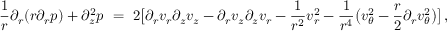
\frac 1 r \partial _ { r } ( r \partial _ { r } p ) + \partial _ { z } ^ { 2 } p \ = \ 2 \big [ \partial _ { r } v _ { r } \partial _ { z } v _ { z } - \partial _ { r } v _ { z } \partial _ { z } v _ { r } - \frac { 1 } { r ^ { 2 } } v _ { r } ^ { 2 } - \frac { 1 } { r ^ { 4 } } \big ( v _ { \theta } ^ { 2 } - \frac { r } { 2 } \partial _ { r } v _ { \theta } ^ { 2 } \big ) \big ] \, ,